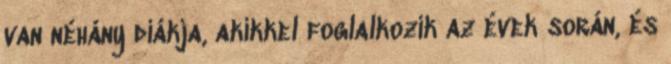
van néhány diákja, akikkel foglalkozik az évek során, és